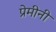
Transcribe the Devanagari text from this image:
प्रेमीनी